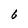
Character: 6